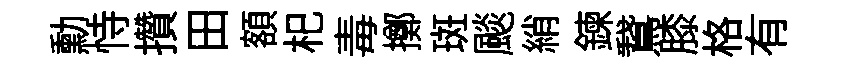
勳恃攢田額𣏌毒擲斑颷綃鍊鵞膝格有